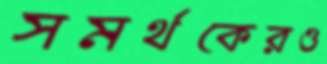
সমর্থকেরও